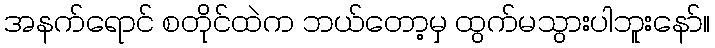
အနက်ရောင် စတိုင်ထဲက ဘယ်တော့မှ ထွက်မသွားပါဘူးနော်။